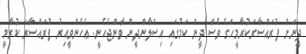
ދީނަށް ފުރައްސާރަކުރާމީހަގެ ވެސް ދީން ކަމުގައި އިސްލާންދީން ވާންޖެހެނީ. ޢެހެންވީއިރު ފުރައްސާރަ ކުރާމީ